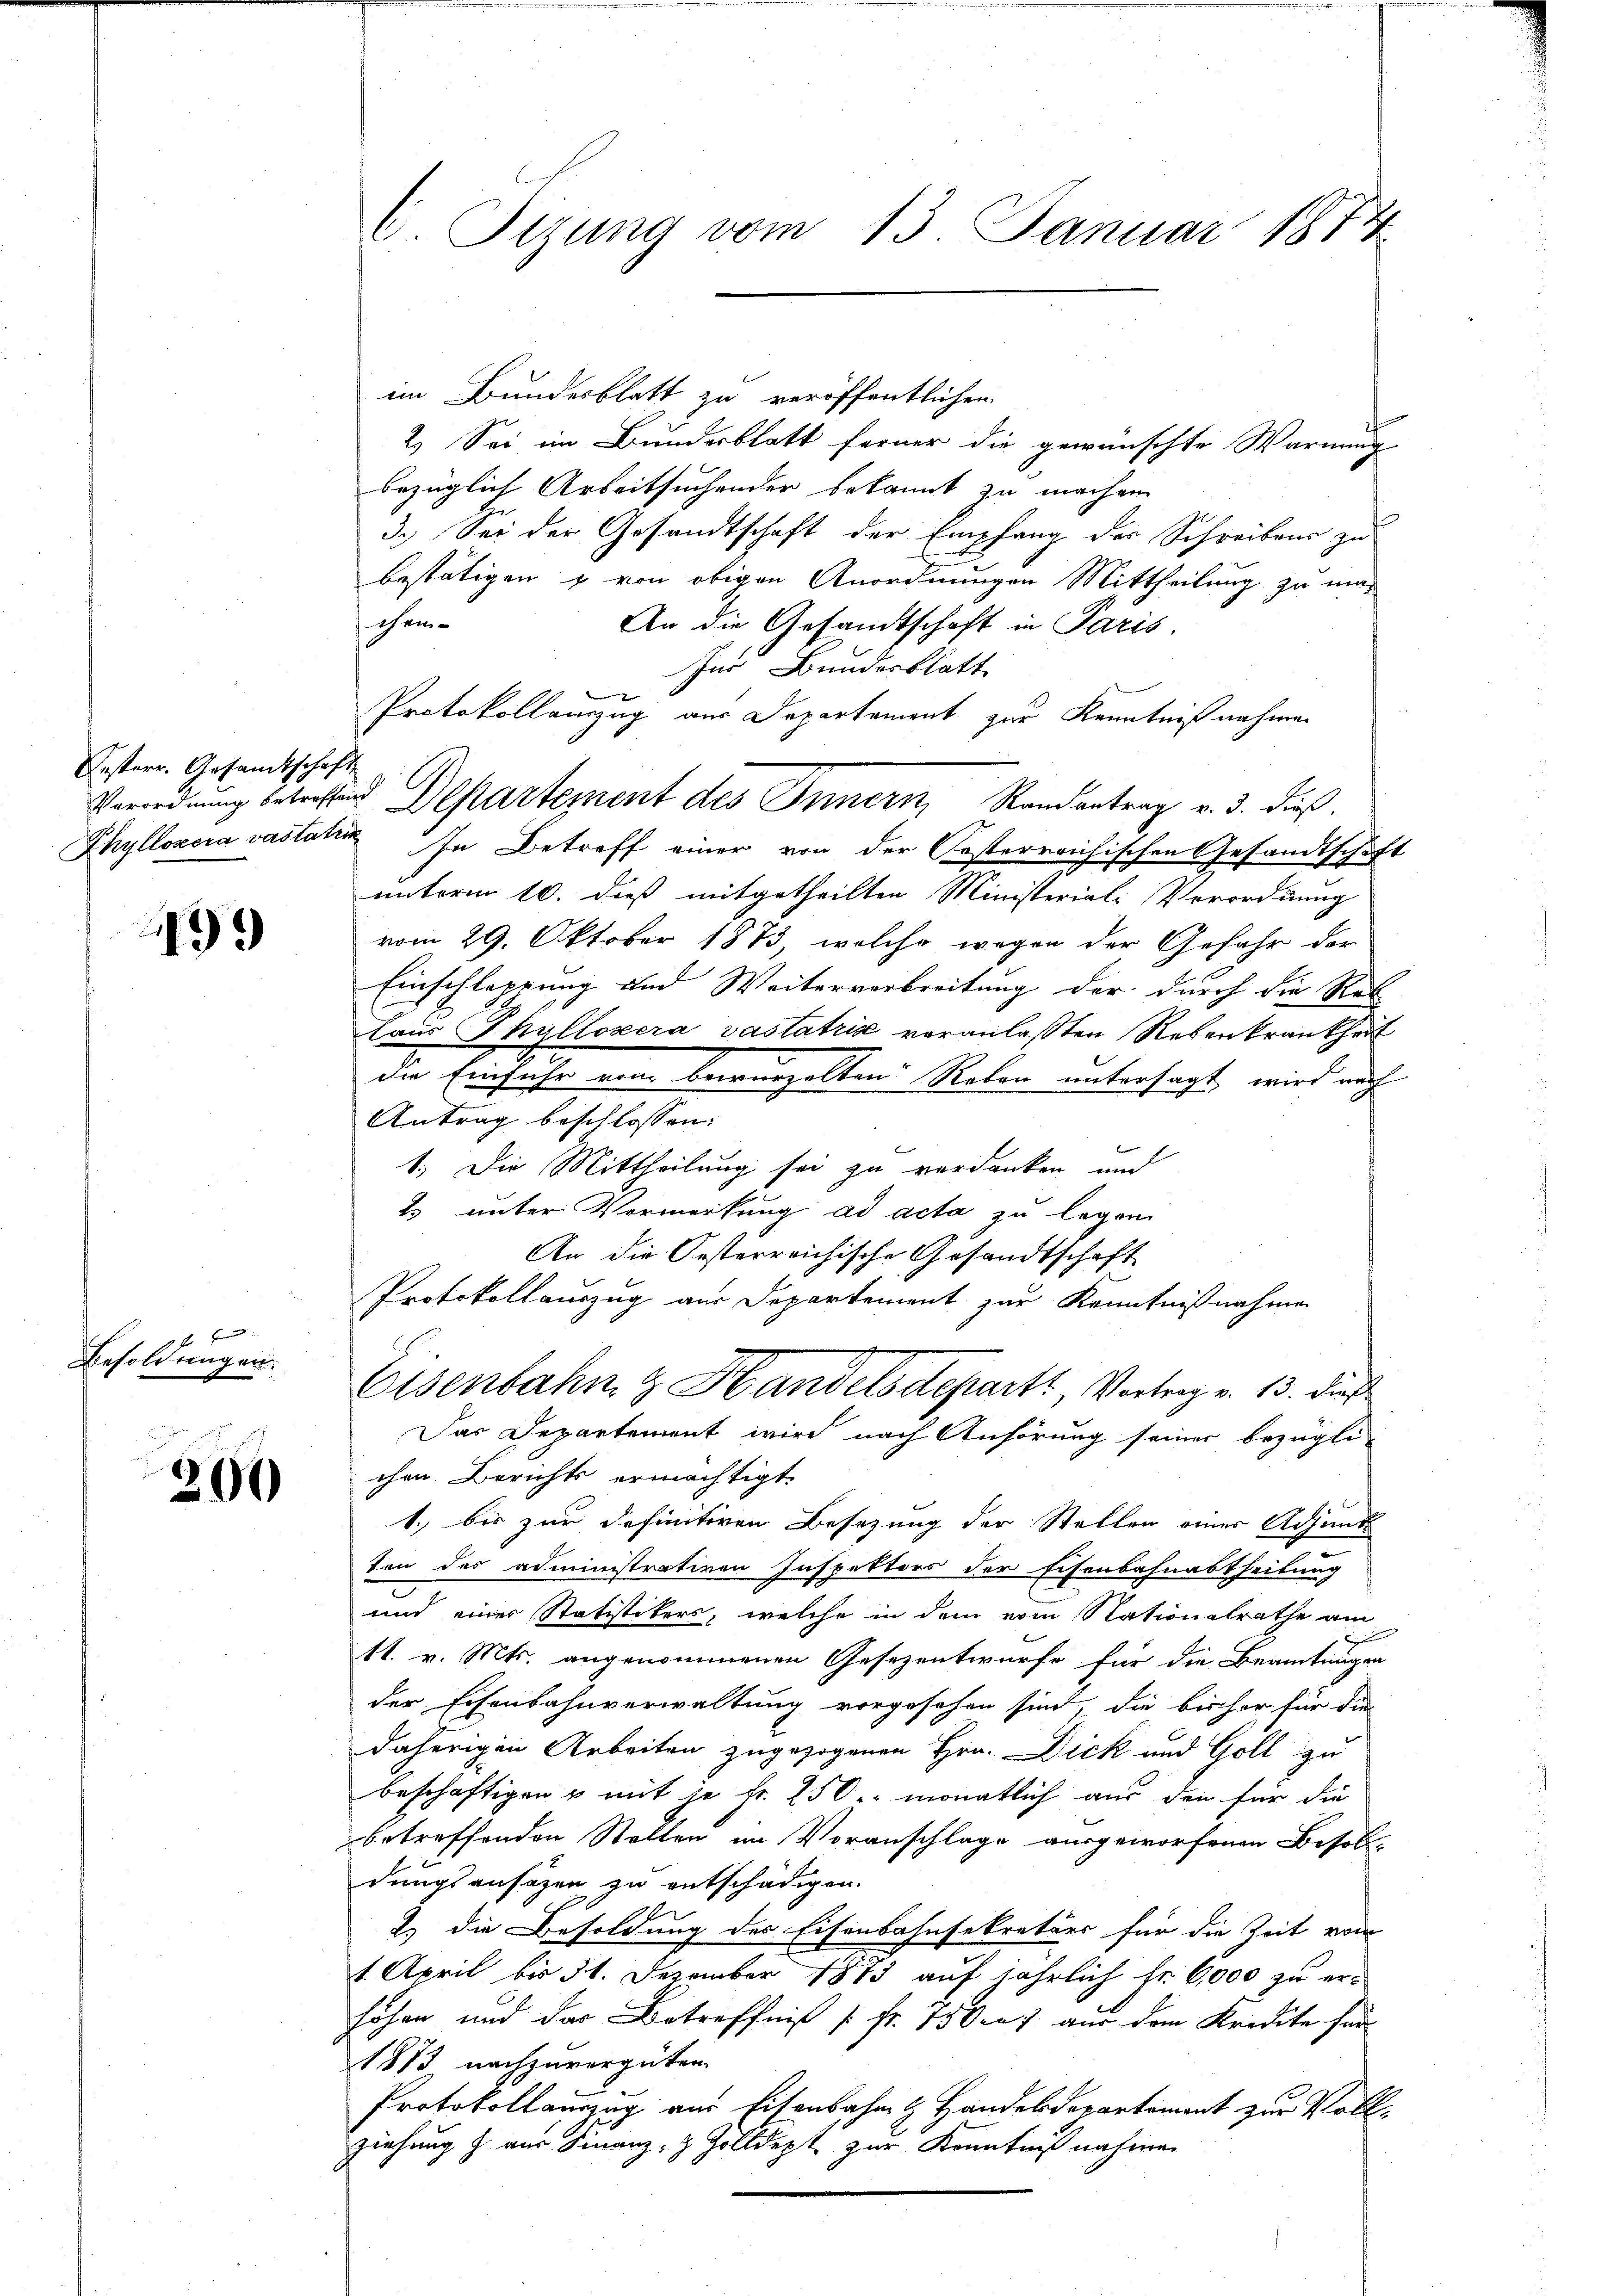
Oesterr. Gesamtschaft

499

f x
Besoldungen.

200

e Sitzung vom 13. Januar 1874

im Bundesblatt zu veröffentlichen
2.) Sei im Bundesblatt ferner die gewünschte Warnung
bezüglich Arbeitsuchender bekannt zu machen.
3.) Sei der Gesandtschaft der Empfang des Schreibens zu
bestätigen & von obigen Anordnungen Mittheilung zu maschei¬
An die Gesandtschaft in Paris.
Zur Bundesblatt
Protokollauszug aus Departament zur Kenntnißnahmen
Phyllosera vastaten In Betreff einer von der Posterreichischen Gesandtschaft
unterm 10. dieß mitgetheilten Ministerial-Verordnung
vom 29. Oktober 1873, welche wegen der Gefahr der
Einschlappung und Weiterverbreitung der durch die Ret
laus Thyllosera vastatrise veranlaßten Rebenkrankheit
die Einfuhr ein bewurzelten Roben untersagt, wird auch
Antrag beschlossen:
1. Die Mittheilung sei zu verdanken und
2 unter Vormerkung ad acta zu legen
An die Oesterreichische Gesandtschaft
Protokollauszug aus Departement zur Kenntnißnahmen
Eisenbahn & Handelsdeparti, Vortrag v. 13. dieß
Das Departement wird nach Anhörung seiner bezügli-
chen Berichts ermächtigt.
1. bis zur definitiven Besezung der Stellen einer Adjunk
ten des administrativen Inspektors der Eisenbahnabtheilung
und einer Statistikers, welche in dem vom Nationalrathe am
11. v. Mts. angenommenen Gesezentwurfe für die Beamtungen
der Eisenbahnverwaltung vorgesehen sind, die bisher für die
daherigen Arbeiten zugezogenen Hrn. Dick und Goll zu
beschäftigen u mit je Fr. 250. monatlich aus den für die
betreffenden Stellen im Voranschlage ausgeworfenen Besoldungsansazen zu entschädigen.
2.) die Besoldung des Eisenbahnsekretärs für die Zeit vom
1. April bis 31. Dezember 1873 auf jährlich Fr. 6000 zu erhöhen und das Betreffniß [ fr. 750 n 7 aus dem Kredite sein
1873 nachzuvergüten.
Protokollauszug aus Eisenbahn H. Handelsdepartement zur Vollziehung z. aus Finanz- & Zolldept zur Kenntnißnahmen

Verordnung berechtend Departement des Innern, Randantrag v. 3. dieß¬